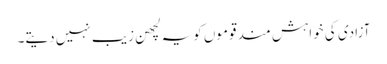
آزادی کی خواہش مند قوموں کویہ لچھن زیب نہیں دیتے۔